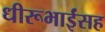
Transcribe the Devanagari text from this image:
धीरूभाईंसह